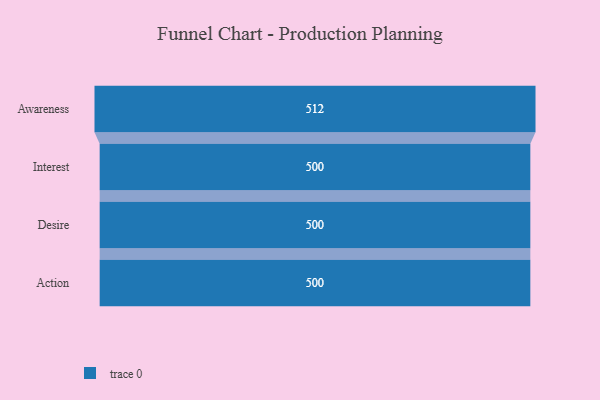
{"axis": {"x": "Stage", "y": "Value"}, "legend": [""], "data": [{"x": "Awareness", "y": 512.0, "type": ""}, {"x": "Interest", "y": 500, "type": ""}, {"x": "Desire", "y": 500, "type": ""}, {"x": "Action", "y": 500, "type": ""}]}